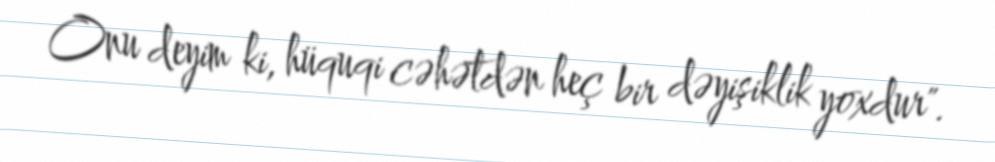
Onu deyim ki, hüquqi cəhətdən heç bir dəyişiklik yoxdur".